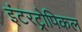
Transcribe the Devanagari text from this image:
इंटरट्रोपिकल